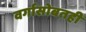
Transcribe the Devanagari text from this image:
वर्गासोबतही